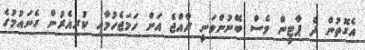
އެގޮތުން ދެ ޕާޓީން ވެސް ބޭނުންވަނީ ރާއްޖެ އަށް ހަމަޖެހުމާއި ކުރިއެރުން ގެނައުމުގެ